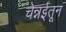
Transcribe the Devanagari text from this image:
चेन्नईतून